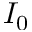
I _ { 0 }